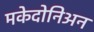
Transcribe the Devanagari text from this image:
मकेदोनिअन